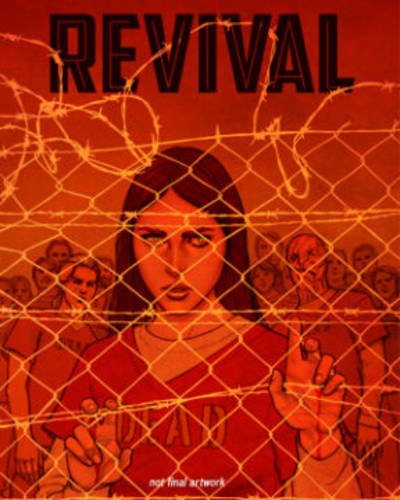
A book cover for Revival Volume 6 (Revival Tp); Tim Seeley; Comics & Graphic Novels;